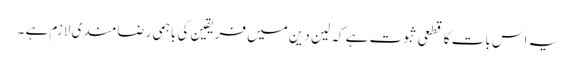
یہ اس بات کا قطعی ثبوت ہے کہ لین دین میں فریقین کی باہمی رضامندی لازم ہے ۔